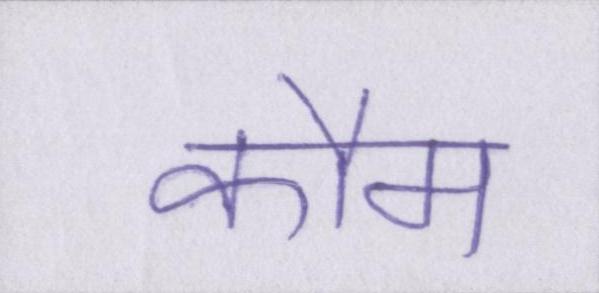
कौम